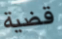
قضية